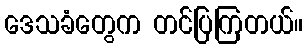
ဒေသခံတွေက တင်ပြကြတယ်။